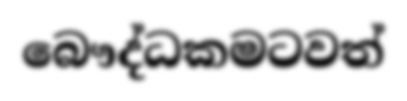
බෞද්ධකමටවත්